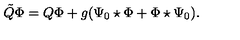
\tilde { Q } \Phi = Q \Phi + g ( \Psi _ { 0 } \star \Phi + \Phi \star \Psi _ { 0 } ) .